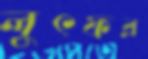
লুৎফর